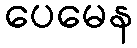
ပေမေန